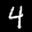
Label: 4